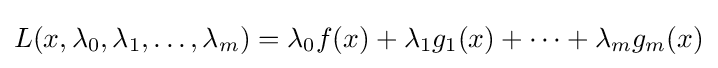
L(x,\lambda _{0},\lambda _{1},\ldots ,\lambda _{m})=\lambda _{0}f(x)+\lambda _{1}g_{1}(x)+\cdots +\lambda _{m}g_{m}(x)